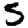
Digit: 5